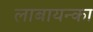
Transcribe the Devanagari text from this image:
लाबायन्का